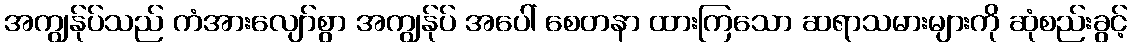
အကျွန်ုပ်သည် ကံအားလျော်စွာ အကျွန်ုပ် အပေါ် စေတနာ ထားကြသော ဆရာသမားများကို ဆုံစည်းခွင့်